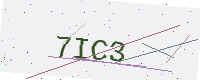
Text: 7IC3